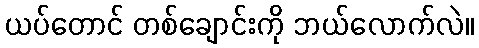
ယပ်တောင် တစ်ချောင်းကို ဘယ်လောက်လဲ။